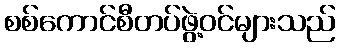
စစ်ကောင်စီတပ်ဖွဲ့ဝင်များသည်